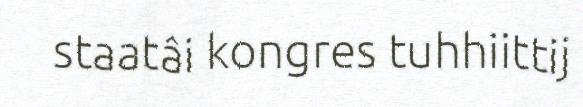
staatâi kongres tuhhiittij